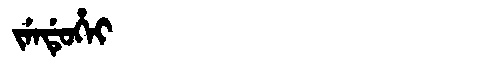
Manchu: ᠵᡝᠨᡩᡠᡥᡝᡳ
Romanization: JENDUHEI